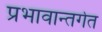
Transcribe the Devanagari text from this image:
प्रभावान्तर्गत